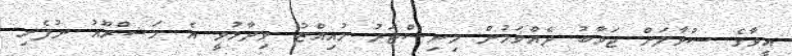
އީވާގެ ސުވާލަށް ޖަވާބު ދެއްވަމުން މިނިސްޓަރު މުއިއްޒު ވިދާޅުވީ އެ މަޝްރޫއު ނުފެށި